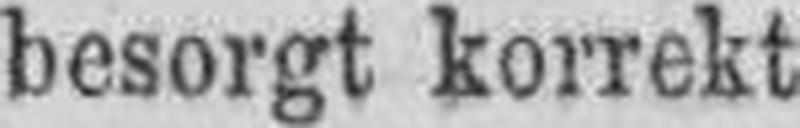
besorgt korrekt